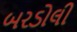
બરડોલી